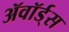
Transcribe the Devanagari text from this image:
ॲवॉर्ड्‌स